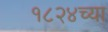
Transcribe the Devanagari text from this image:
१८२४च्या